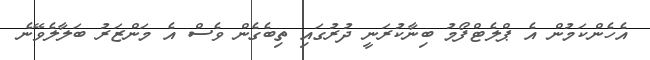
އެހެންކަމުން އެ ޕްލެޓްފޯމު ބިނާކުރަނީ ދުރުގައި ތިބެގެން ވެސް އެ މަންޒަރު ބަލާލެވޭނެ